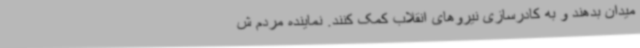
میدان بدهند و به کادرسازی نیروهای انقلاب کمک کنند. نماینده مردم ش